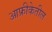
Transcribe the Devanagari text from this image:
आफ्रीकेतील